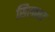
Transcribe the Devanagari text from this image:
सिलावट